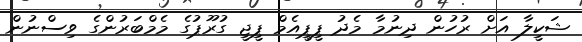
ޝަކީލާ އަށް ރުހުން ދިނުމާ މެދު ޕީޕީއެމް ޕީޖީ ގުރޫޕުގެ މެމްބަރުންގެ ވިސްނުން